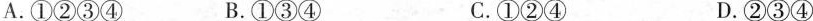
A.①②③④ B.①③④ C.①②④ D.②③④